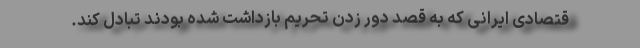
قتصادی ایرانی که به قصد دور زدن تحریم بازداشت شده بودند تبادل کند.